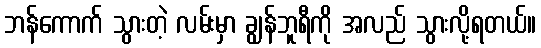
ဘန်ကောက် သွားတဲ့ လမ်းမှာ ချွန်ဘူရီကို အလည် သွားလို့ရတယ်။